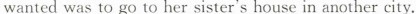
wanted was to go to her sister's house in another city.